Document type: Sale
Year: 1451
Scribe: [Unknown]
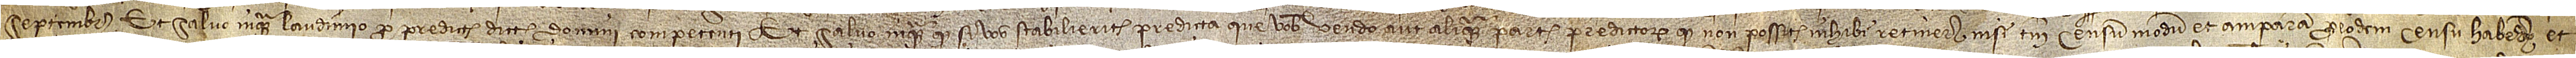
septembris. Et salvo inquam laudimio pro predictis dicti domini competenti; et salvo inquam quod si vos stabilieritis predicta que vobis vendo aut aliquam partem predictorum, quod non possitis inhibi retinere nisi tamen censum, modum et amparam pro eodem censu habendo et